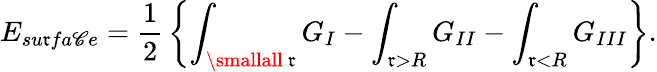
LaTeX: E_{su\mathfrak{r}fa\mathscr{C}e}={\frac{{1}}{{2}}}\left\{ \int_{\smallall\ \mathfrak{r}}G_{I}-\int_{\mathfrak{r}>R}G_{II}-\int_{\mathfrak{r}<R}G_{III}\right\} .